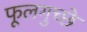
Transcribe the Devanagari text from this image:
फूलगुच्छे